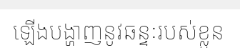
ឡើងបង្ហាញនូវឆន្ទៈរបស់ខ្លួន